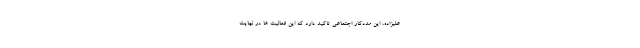
علیزاده، این مددکار اجتماعی تاکید دارد که این فعالیت ها در نهایت